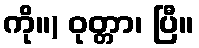
ကို။) ဝုတ္တာ၊ ပြီ။